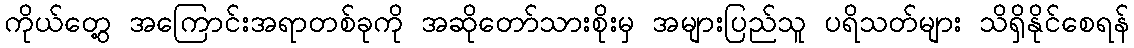
ကိုယ်တွေ့ အကြောင်းအရာတစ်ခုကို အဆိုတော်သားစိုးမှ အများပြည်သူ ပရိသတ်များ သိရှိနိုင်စေရန်